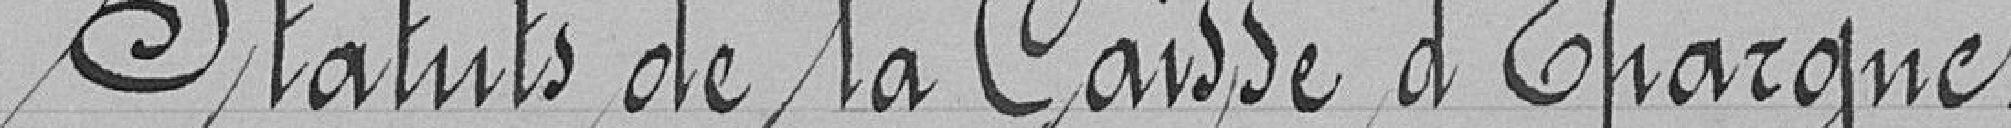
Statuts de la Caisse d'Epargne.